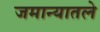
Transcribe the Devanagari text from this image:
जमान्यातले